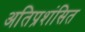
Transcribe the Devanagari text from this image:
अतिप्रशंसित